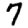
Digit: 7